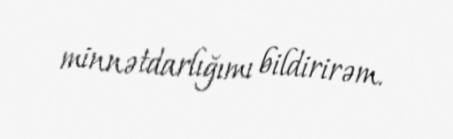
minnətdarlığımı bildirirəm.